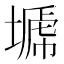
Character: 𭏣